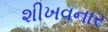
શીખવનાર